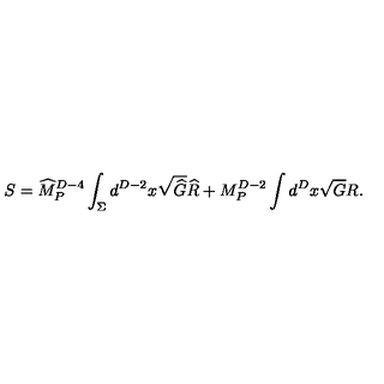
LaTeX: S = { \widehat M } _ { P } ^ { D - 4 } \int _ { \Sigma } d ^ { D - 2 } x \sqrt { { \widehat G } } { \widehat R } + { M } _ { P } ^ { D - 2 } \int d ^ { D } x \sqrt { { G } } { R } .